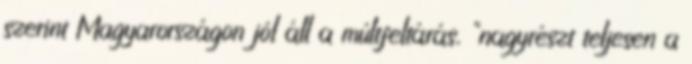
szerint Magyarországon jól áll a múltfeltárás, "nagyrészt teljesen a